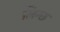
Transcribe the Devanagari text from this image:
लिन्छ